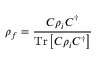
\rho _ { f } = { \frac { C \rho _ { i } C ^ { \dagger } } { { \mathrm { T r } } \left[ C \rho _ { i } C ^ { \dagger } \right] } }